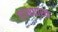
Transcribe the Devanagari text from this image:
लाभधारक